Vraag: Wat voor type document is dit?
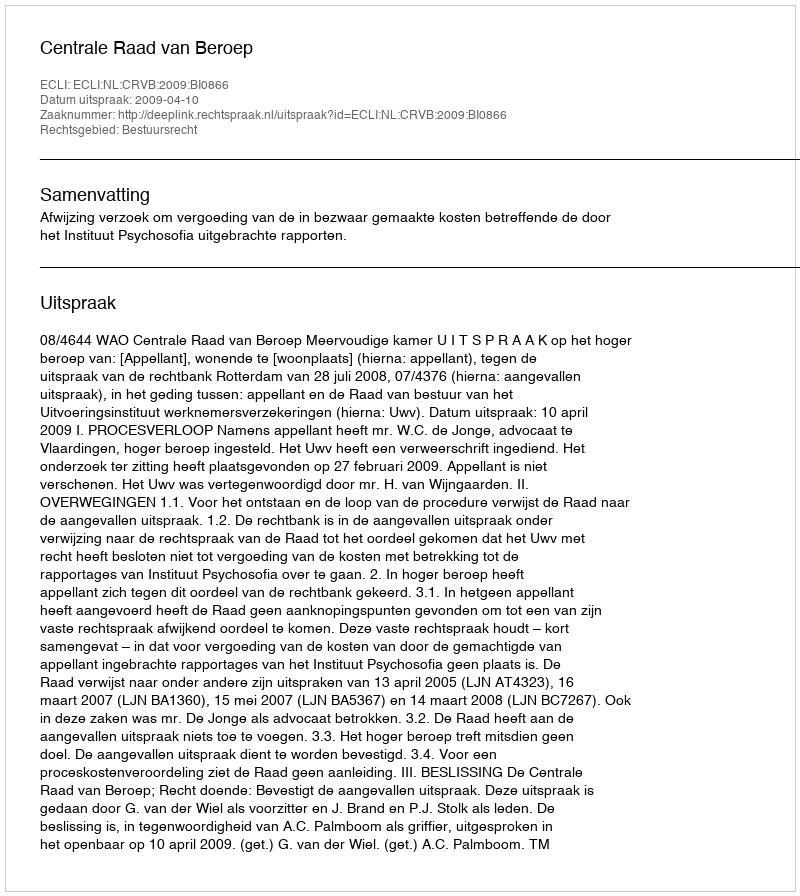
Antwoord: Uitspraak